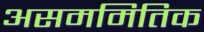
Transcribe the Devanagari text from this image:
असममितिक